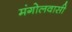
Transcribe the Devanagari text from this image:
मंगोलवासी